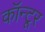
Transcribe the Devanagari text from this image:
कॉन्टूर